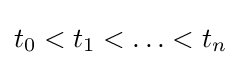
t_{0}<t_{1}<\ldots <t_{n}